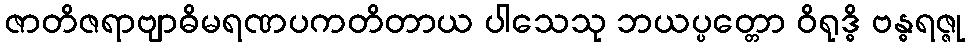
ဇာတိဇရာဗျာဓိမရဏပကတိတာယ ပါသေသု ဘယပ္ပတ္တော ဝိရုဒ္ဓိ ဗန္ဓရဇ္ဇု